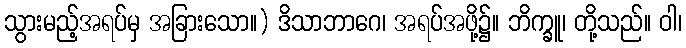
သွားမည့်အရပ်မှ အခြားသော။) ဒိသာဘာဂေ၊ အရပ်အဖို့၌။ ဘိက္ခူ၊ တို့သည်။ ဝါ၊